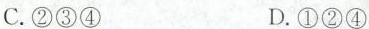
C.②③④ D.①②④